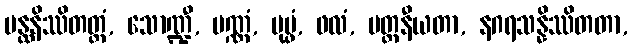
ပန္ထနိဿိတတ္တံ, သောဏ္ဍီ, ပဏ္ဏံ, ပုပ္ဖံ, ဖလံ, ပတ္ထနီယတာ, နဂရသန္နိဿိတတာ,